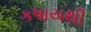
કષાયથી